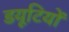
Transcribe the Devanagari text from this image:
डयूटियों